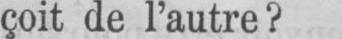
çoit de l’autre?